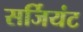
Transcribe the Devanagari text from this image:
सर्जियंट